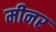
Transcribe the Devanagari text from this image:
मीनर